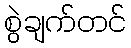
စွဲချက်တင်